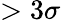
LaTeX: >3\sigma